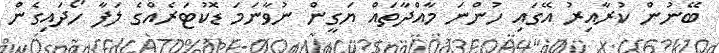
ބޭނުން ކުރާއިރު އޭގައި ހުންނަ މާއްދާތައް ޔަގީން ނުވާނަމަ ޑޮކުޓަރެއްގެ ލަފާ ހޯދައިގެން